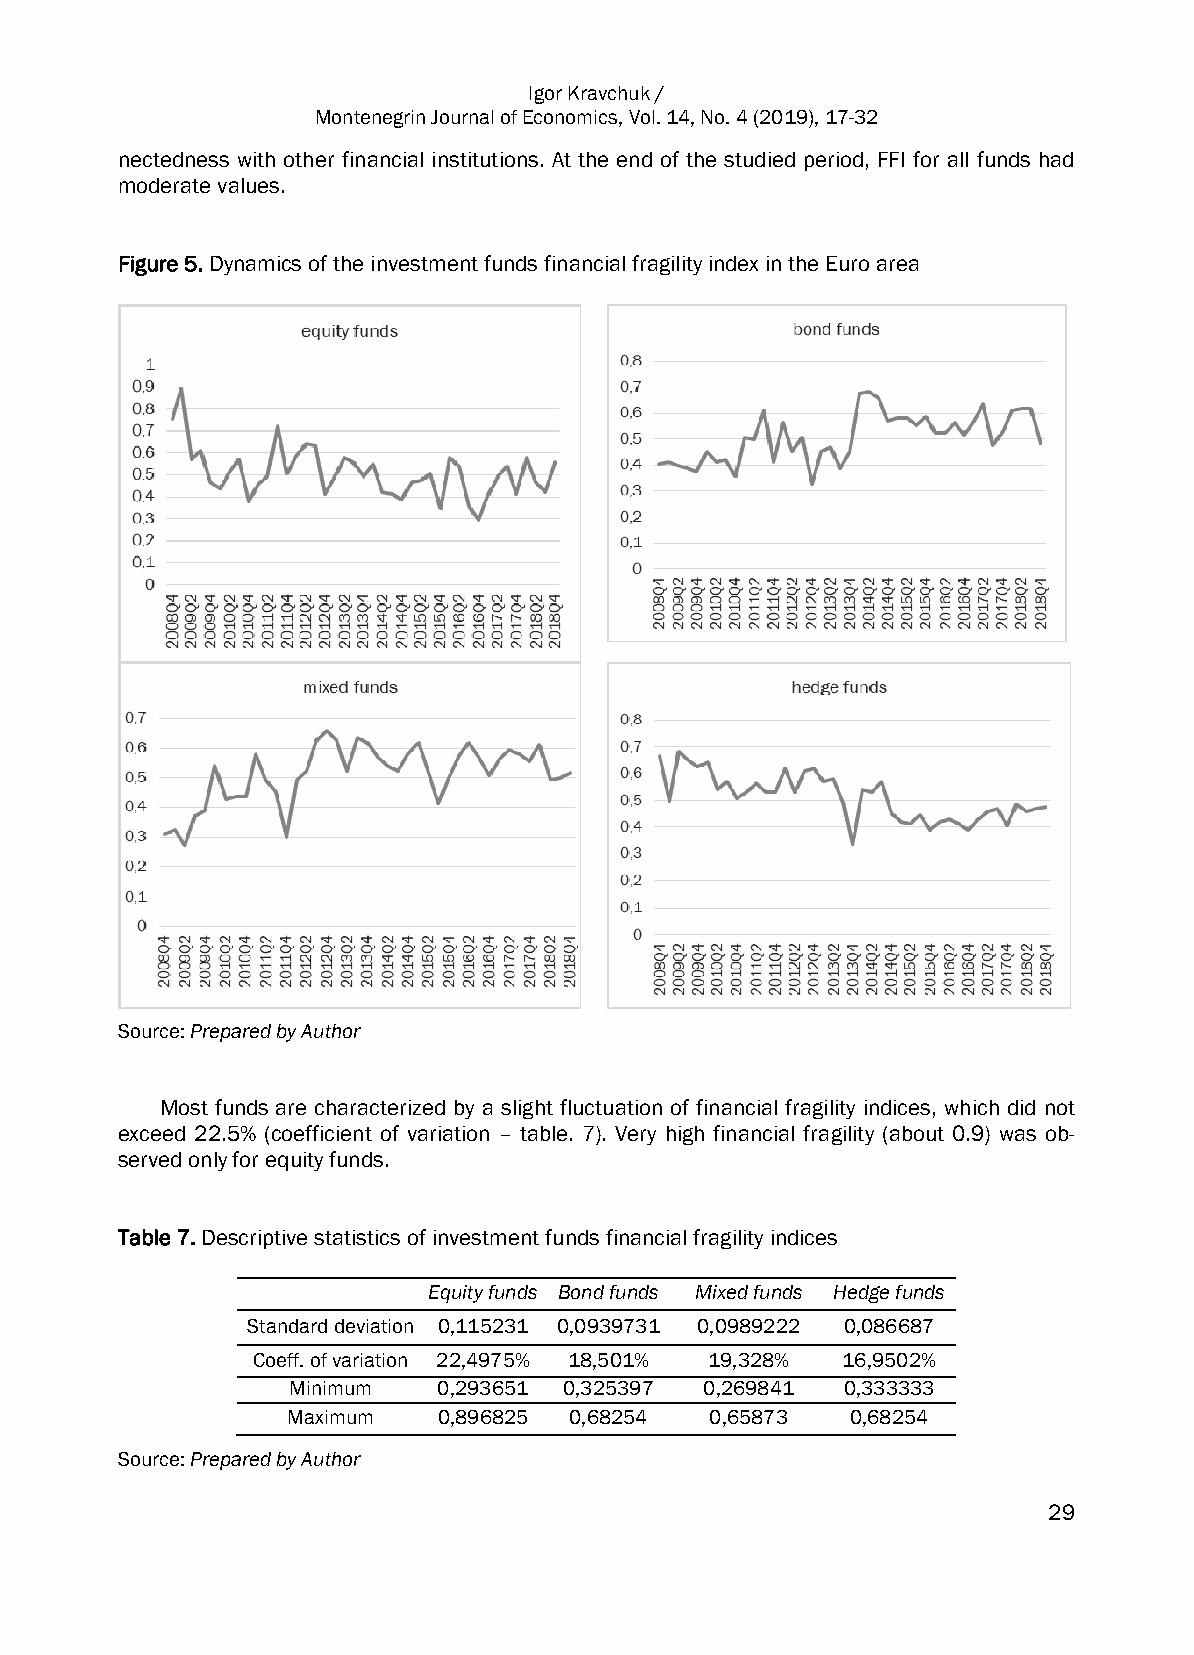
Igor Kravchuk /
 Montenegrin Journal of Economics, Vol. 14, No. 4 (2019), 17-32
 nectedness with other financial institutions. At the end of the studied period, FFI for all funds had
 moderate values.
 Figure 5. Dynamics of the investment funds financial fragility index in the Euro area
 Source: Prepared by Author
 Most funds are characterized by a slight fluctuation of financial fragility indices, which did not
 exceed 22.5% (coefficient of variation – table. 7). Very high financial fragility (about 0.9) was ob-
 served only for equity funds.
 Table 7. Descriptive statistics of investment funds financial fragility indices
 Equity funds Bond funds Mixed funds Hedge funds
 Standard deviation 0,115231 0,0939731 0,0989222 0,086687
 Coeff. of variation 22,4975% 18,501% 19,328% 16,9502%
 Minimum   0,293651 0,325397 0,269841 0,333333
 Maximum   0,896825 0,68254  0,65873  0,68254
 Source: Prepared by Author
 29